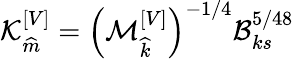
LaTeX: \mathcal{K}_{\widehat{m}}^{\left[V\right]}=\left(\mathcal{M}_{\widehat{k}}^{\left[V\right]}\right)^{-1/4}\mathcal{B}_{ks}^{5/48}